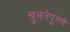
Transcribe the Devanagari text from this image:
चुलतेपुतणे